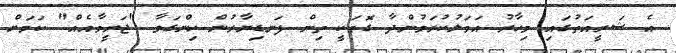
އެ ޝަރީއަތުގައި މިހާރު އަމަލުކުރަމުންދާ ގޮތަކީ ތިން ފަނޑިޔާރުން ހިންގަވާ "ޖަރީމާއެއް" ކަމަށް